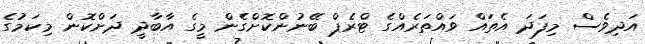
އަދިވެސް މިފަދަ އެތައް ވައްތަރެއްގެ ޓްރެޕް ބޭނުންކޮށްގެން މީގެ އާބާދީ ދަށްކޮން މިކަމުގެ